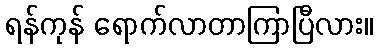
ရန်ကုန် ရောက်လာတာကြာပြီလား။